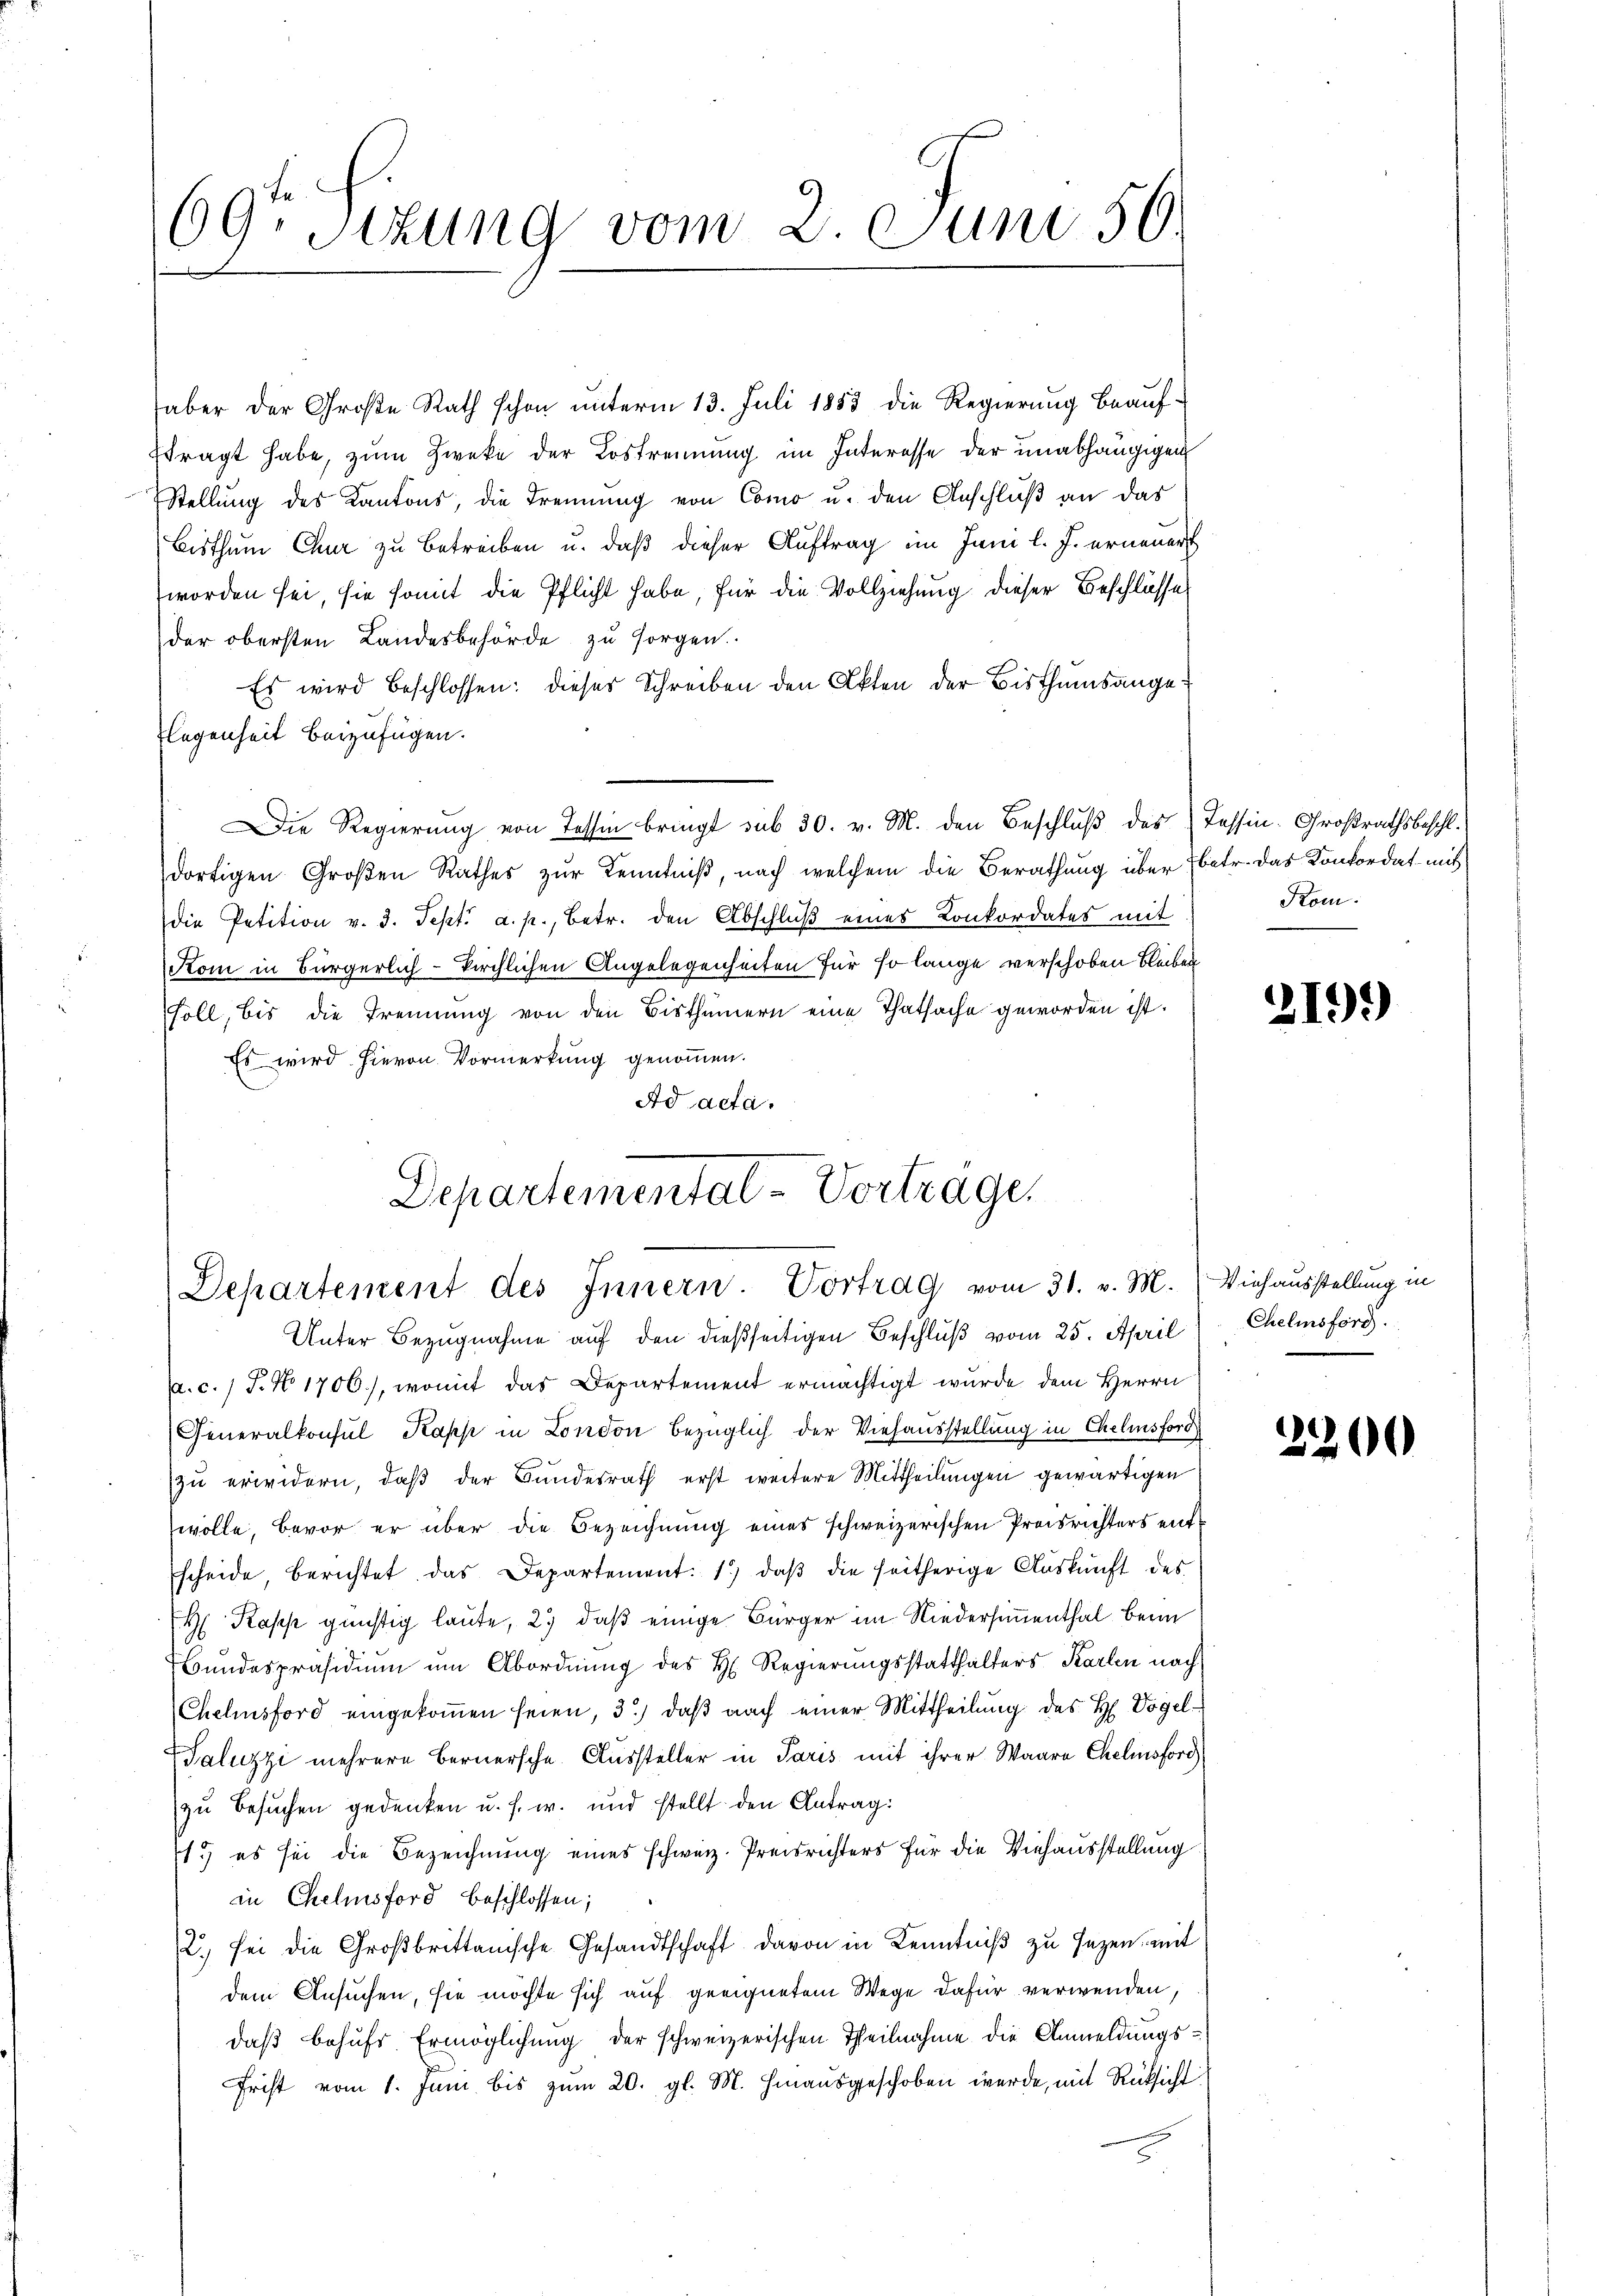
69. Sitzung vom 2. Juni 56.

haber der Große Rath schon unterm 13. Juli 1883 die Regierung beaufftragt habe, zum Zweke der Lostrennung im Interesse der unabhängigen
Stellung des Kantons, die Trennung von Como u. den Anschluß an das
Bisthum Chur zu betreiben u. daß dieser Auftrag im Juni l. J. erneuert
worden sei, sie somit die Pflicht habe, für die Vollziehung dieser Beschlüsse
der obersten Landesbehörde zu sorgen.
Es wird beschlossen: dieses Schreiben den Akten der Bisthumsangelegenheit beizufügen.
Die Regierung von Tessin bringt sub 30. v. M. den Beschluß des Tessin-Großrathsbeschl.
dortigen Großen Rathes zur Kenntniß, nach welchem die Berathung über betr. das Konkordat mit
die Petition v. 3. Sept. a. p., betr. den Abschluß eines Konkordates mit
Kom in Bürgerlich-kirchlichen Angelegenheiten für so lange verschoben bleiben
Foll, bis die Trennung von den Bisthümern eine Thatsache geworden ist.
Es wird hievon Vormerkung genoṁen.
Ad acta.
e

Departemental-Vortrage,
Departement des Innern. Vortrag vom 31. v. M. Viehausstellung in

Unter Bezugnahme auf den dießseitigen Beschluß vom 25. April
a. c. 1 S. No 1706), womit das Departement ermächtigt wurde dem Herrn
Generalkonsul Kapp in London bezüglich der Viehausstellung in Chelmsford
zu erwidern, daß der Bundesrath erst weitere Mittheilungen gewärtigen
wolle, bevor er über die Bezeichnung eines schweizerischen Preisrichters entscheide, berichtet das Departement: 1. daβ die seitherige Auskunft des
H Kopp günstig laute, 2., daß einige Bürger im Niedersimmenthal beim
Bundespräsidium um Abordnung des H. Regierungsstatthalters Karlen nach
Chelmsford eingekommen seien, 3.) daß nach einer Mittheilung des H. Vogel¬
Saluzzi mehrere Bernersche Aussteller in Paris mit ihrer Waare Chelmsford
zu Besuchen gedenken u. s. w. und stellt den Antrag:
1.) es sei die Bezeichnung eines schweiz. Preisrichters für die Viehausstellung
in Chelmsford beschlossen;
2. sei die Großbrittanische Gesandtschaft davon in Kenntniß zu sezen, mit
dem Ansuchen, sie möchte sich auf geeignetem Wege dafür verwenden,
daß behufs Ermöglichung der schweizerischen Theilnahme die Anmeldungs¬
Frist vom 1. Juni bis zum 20. gl. M. hinausgeschoben werde, mit Rücksicht

Kom.

2199)

Chelmsford

2200